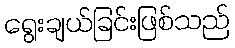
ရွေးချယ်ခြင်းဖြစ်သည်